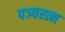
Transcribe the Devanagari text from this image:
पञ्चरत्न